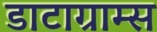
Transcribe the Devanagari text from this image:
डाटाग्राम्स